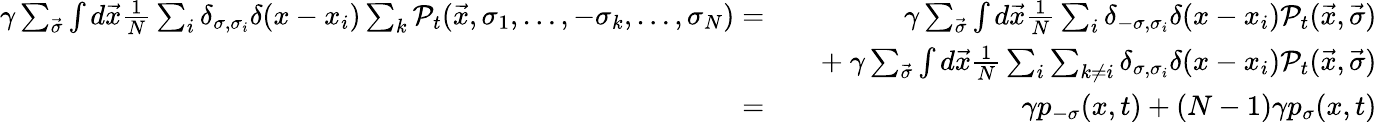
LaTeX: \begin{array}{rlr}{\gamma\sum_{\vec{\sigma}}\int d\vec{x}\frac{1}{N}\sum_{i}\delta_{\sigma,\sigma_{i}}\delta(x-x_{i})\sum_{k}{\cal P}_{t}(\vec{x},\sigma_{1},\dots,-\sigma_{k},\dots,\sigma_{N})=}&{}&{\ \gamma\sum_{\vec{\sigma}}\int d\vec{x}\frac{1}{N}\sum_{i}\delta_{-\sigma,\sigma_{i}}\delta(x-x_{i}){\cal P}_{t}(\vec{x},\vec{\sigma})}\\ &{}&{+\ \gamma\sum_{\vec{\sigma}}\int d\vec{x}\frac{1}{N}\sum_{i}\sum_{k\neq i}\delta_{\sigma,\sigma_{i}}\delta(x-x_{i}){\cal P}_{t}(\vec{x},\vec{\sigma})}\\ {=}&{}&{\ \gamma p_{-\sigma}(x,t)+(N-1)\gamma p_{\sigma}(x,t)}\end{array}